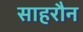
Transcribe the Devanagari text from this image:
साहरौन